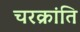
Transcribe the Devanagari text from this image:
चरक्रांति